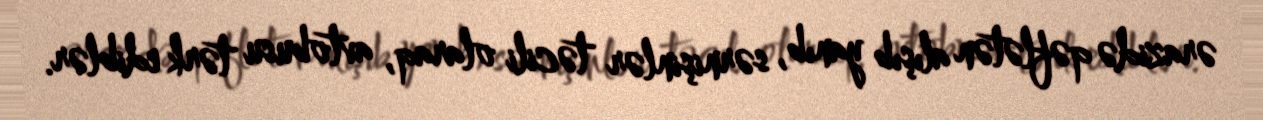
ərazidə qəflətən alışıb yanıb, sərnişinlər təcili olaraq, avtobusu tərk ediblər.